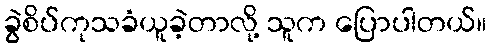
ခွဲစိပ်ကုသခံယူခဲ့တာလို့ သူက ပြောပါတယ်။